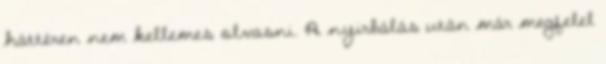
háttéren nem kellemes olvasni. A nyirbálás után már megfelel